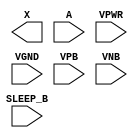
module sky130_fd_sc_hdll__inputiso0n (
    X      ,
    A      ,
    SLEEP_B,
    VPWR   ,
    VGND   ,
    VPB    ,
    VNB
);

    output X      ;
    input  A      ;
    input  SLEEP_B;
    input  VPWR   ;
    input  VGND   ;
    input  VPB    ;
    input  VNB    ;
endmodule